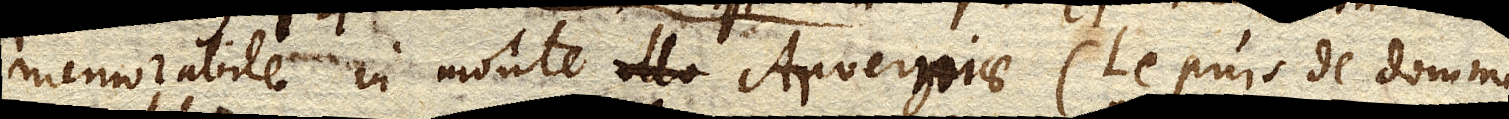
memorabile in monte illo Arverniae (Le puis de domme)